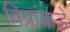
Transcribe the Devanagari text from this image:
विप्रांकडे